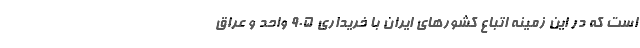
است که در این زمینه اتباع کشورهای ایران با خریداری 905 واحد و عراق